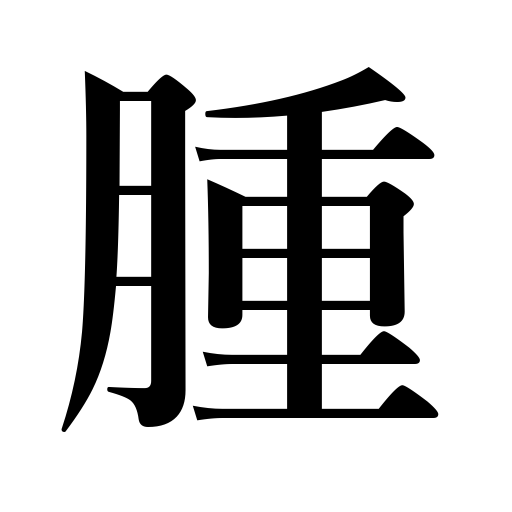
Meanings: tumor,cause to swell,swelling,inflame,become swollen,swell